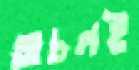
অচলই